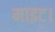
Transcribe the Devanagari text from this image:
माइट।